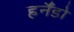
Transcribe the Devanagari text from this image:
हर्नैंडो